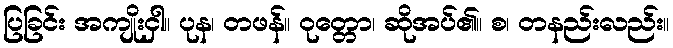
ပြခြင်း အကျိုးငှါ။ ပုန၊ တဖန်။ ဝုတ္တော၊ ဆိုအပ်၏။ စ၊ တနည်းလည်း။